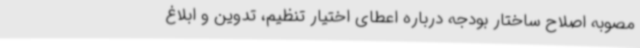
مصوبه اصلاح ساختار بودجه درباره اعطای اختیار تنظیم، تدوین و ابلاغ